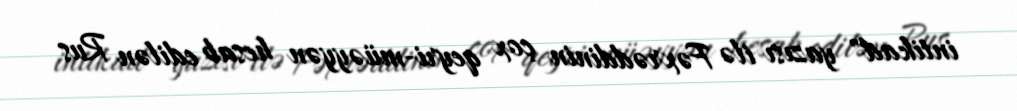
intikad" yazısı ilə Fəxrəddinin çox qeyri-müəyyən hesab edilən Rus